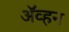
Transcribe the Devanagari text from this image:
अॅव्हन